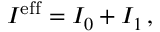
I ^ { \mathrm { e f f } } = I _ { 0 } + I _ { 1 } \, ,